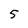
Character: 5